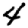
Digit: 4